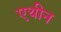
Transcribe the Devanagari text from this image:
एथीन